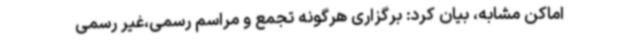
اماکن مشابه، بیان کرد: برگزاری هرگونه تجمع و مراسم رسمی،‌غیر رسمی